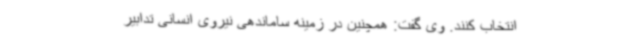
انتخاب کنند. وی گفت: همچنین در زمینه ساماندهی نیروی انسانی تدابیر